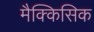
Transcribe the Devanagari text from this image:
मैक्किसिक